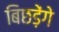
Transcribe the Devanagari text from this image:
बिछड़ेंगे